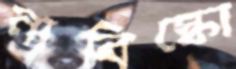
নাবিস্কো